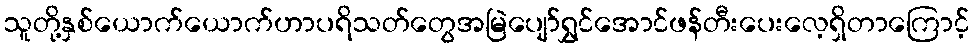
သူတို့နှစ်ယောက်ယောက်ဟာပရိသတ်တွေအမြဲပျော်ရွှင်အောင်ဖန်တီးပေးလေ့ရှိတာကြောင့်